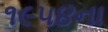
૧૯૫૪ના